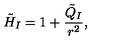
\tilde { H } _ { I } = 1 + \frac { \tilde { Q } _ { I } } { r ^ { 2 } } ,